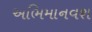
અભિમાનવશ